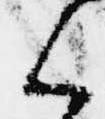
く